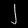
Digit: ၂